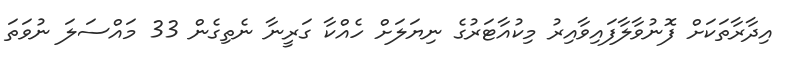
އިދާރާތަކަށް ފޮނުވާލާފައިވާއިރު މިކުއާޓަރުގެ ނިޔަލަށް ހެއްކާ ގަރީނާ ނެތިގެން 33 މައްސަލަ ނުވަތަ